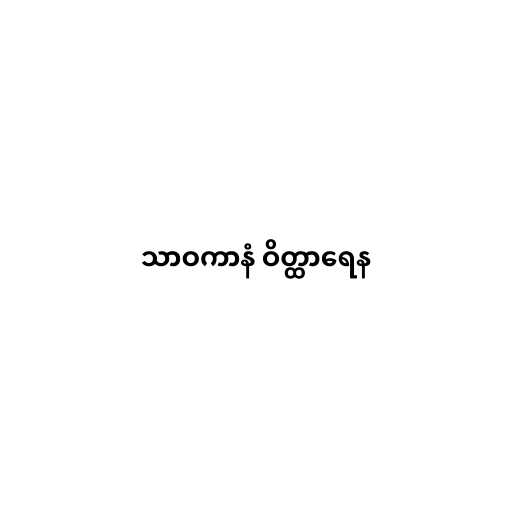
သာဝကာနံ ဝိတ္ထာရေန